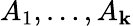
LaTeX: A_{1},\ldots,A_{\mathbf{k}}